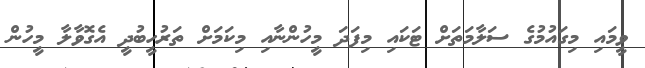
ވީމައި މިގައުމުގެ ސަލާމަތަށް ޓަކައި މިފަދަ މީހުންނާއި މިކަމަށް ތަރުހީބުދީ އެގޮވާލާ މީހުން